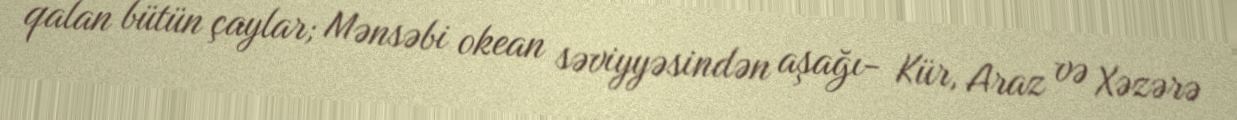
qalan bütün çaylar; Mənsəbi okean səviyyəsindən aşağı- Kür, Araz və Xəzərə